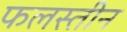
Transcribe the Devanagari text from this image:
फलस्तीन